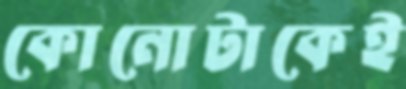
কোনোটাকেই